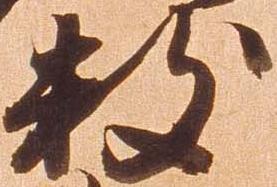
数